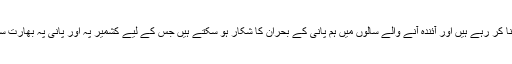
ہم اس وقت معاشی بحران کا سامنا کر رہے ہیں اور آئندہ آنے والے سالوں میں ہم پانی کے بحران کا شکار ہو سکتے ہیں جس کے لیے کشمیر پہ اور پانی پہ بھارت سے ہمیں جنگ کرنا ہی پڑے گی۔